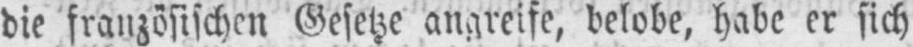
die französischen Gesetze angreife, belobe, habe er sich